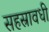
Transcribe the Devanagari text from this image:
सहस्रावधी